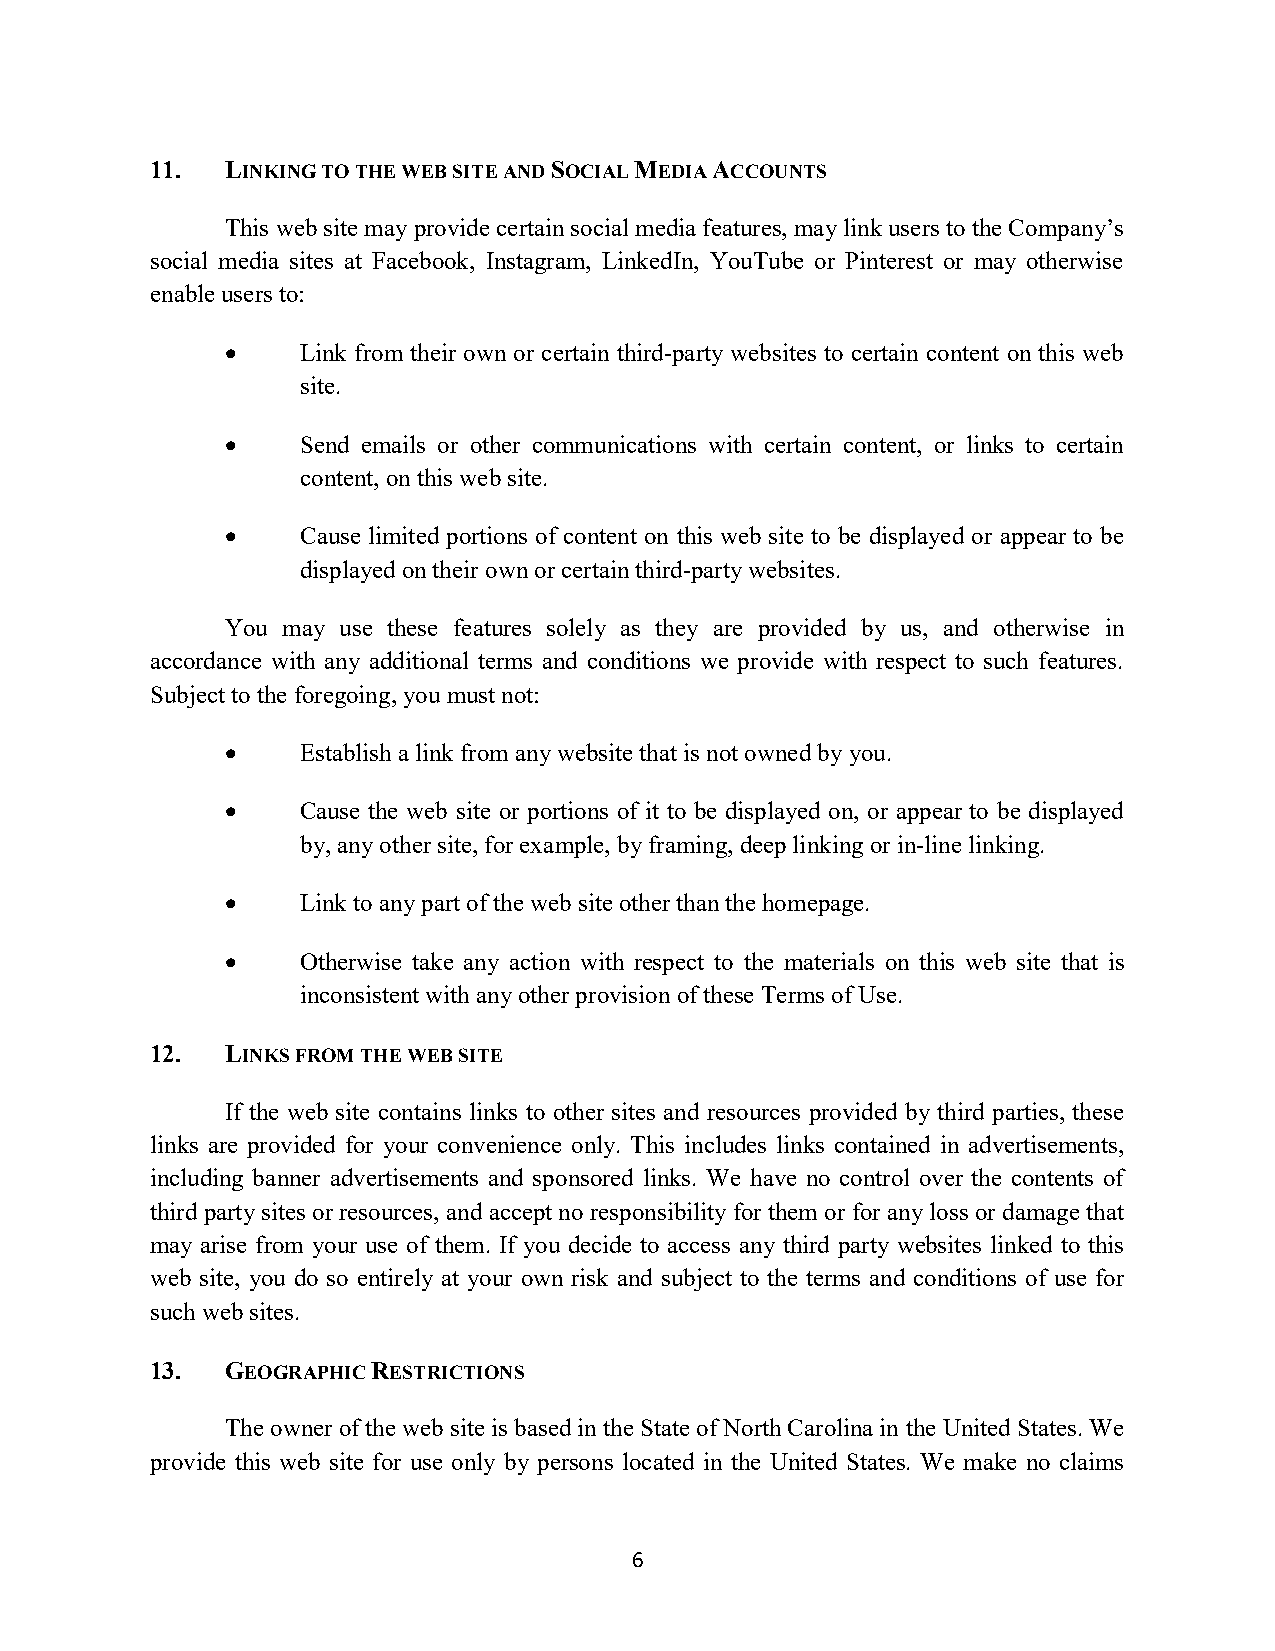
11.  LINKING TO THE WEB SITE AND SOCIAL MEDIA ACCOUNTS
 This web site may provide certain social media features, may link users to the Company’s
 social media sites at Facebook, Instagram, LinkedIn, YouTube or Pinterest or may otherwise
 enable users to:
     Link from their own or certain third-party websites to certain content on this web
 site.
     Send emails or other communications with certain content, or links to certain
 content, on this web site.
     Cause limited portions of content on this web site to be displayed or appear to be
 displayed on their own or certain third-party websites.
 You may use these features solely as they are provided by us, and otherwise in
 accordance with any additional terms and conditions we provide with respect to such features.
 Subject to the foregoing, you must not:
     Establish a link from any website that is not owned by you.
     Cause the web site or portions of it to be displayed on, or appear to be displayed
 by, any other site, for example, by framing, deep linking or in-line linking.
     Link to any part of the web site other than the homepage.
     Otherwise take any action with respect to the materials on this web site that is
 inconsistent with any other provision of these Terms of Use.
 12.  LINKS FROM THE WEB SITE
 If the web site contains links to other sites and resources provided by third parties, these
 links are provided for your convenience only. This includes links contained in advertisements,
 including banner advertisements and sponsored links. We have no control over the contents of
 third party sites or resources, and accept no responsibility for them or for any loss or damage that
 may arise from your use of them. If you decide to access any third party websites linked to this
 web site, you do so entirely at your own risk and subject to the terms and conditions of use for
 such web sites.
 13.  GEOGRAPHIC RESTRICTIONS
 The owner of the web site is based in the State of North Carolina in the United States. We
 provide this web site for use only by persons located in the United States. We make no claims
 6